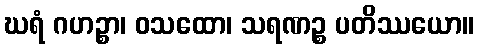
ဃရံ ဂဟဉ္စာ၊ ဝသထော၊ သရဏဉ္စ ပတိဿယော။